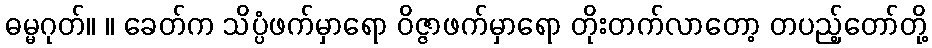
ဓမ္မဂုတ်။ ။ ခေတ်က သိပ္ပံဖက်မှာရော ဝိဇ္ဇာဖက်မှာရော တိုးတက်လာတော့ တပည့်တော်တို့